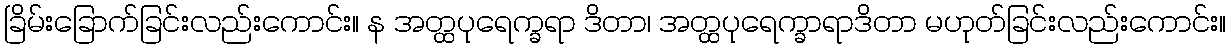
ခြိမ်းခြောက်ခြင်းလည်းကောင်း။ န အတ္ထပုရေက္ခရာ ဒိတာ၊ အတ္ထပုရေက္ခာရာဒိတာ မဟုတ်ခြင်းလည်းကောင်း။